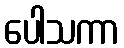
ပေါသကာ